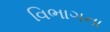
વિભાગના